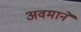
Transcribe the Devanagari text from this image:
अवमानें